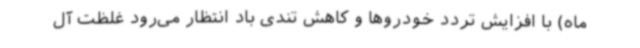
ماه) با افزایش تردد خودروها و کاهش تندی باد انتظار می‌رود غلظت آل